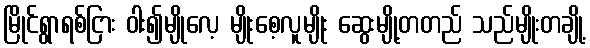
မြိုင်ရွာရစ်ငြား ဝါး၍မျိုလေ့ မျိုးစေ့လူမျိုး ဆွေးမျို့တတည် သည်မျိုးတချို့